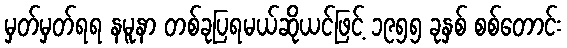
မှတ်မှတ်ရရ နမူနာ တစ်ခုပြရမယ်ဆိုယင်ဖြင့် ၁၉၅၅ ခုနှစ် စစ်တောင်း